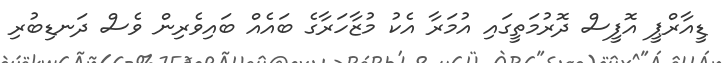
ޑީއާރްޕީ އޮފީސް ދޮރުމަތީގައި އުމަރާ އެކު މުޒާހަރާގެ ބައެއް ބައިވެރިން ވެސް ދަނޑިބުރި